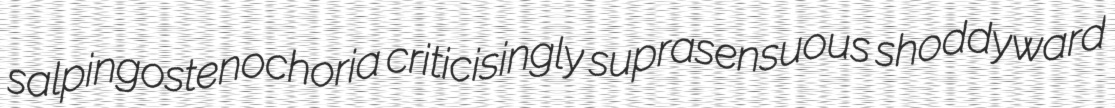
salpingostenochoria criticisingly suprasensuous shoddyward